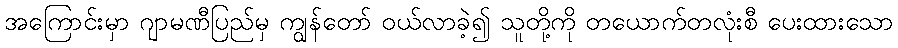
အကြောင်းမှာ ဂျာမဏီပြည်မှ ကျွန်တော် ဝယ်လာခဲ့၍ သူတို့ကို တယောက်တလုံးစီ ပေးထားသော